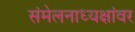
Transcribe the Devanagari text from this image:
संमेलनाध्यक्षांवर